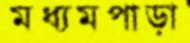
মধ্যমপাড়া